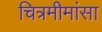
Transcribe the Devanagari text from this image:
चित्रमीमांसा